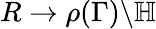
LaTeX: R\to\rho(\Gamma)\backslash\mathbb{H}